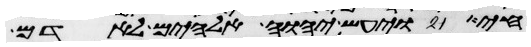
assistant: חי ויעש יהוה אלהים לאדם